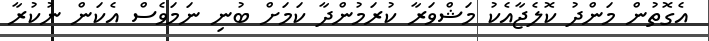
އެގޮތުން މަންދު ކޮލެޖާއެކު މަޝްވަރާ ކުރަމުންދާ ކަމަށް ބުނި ނަމަވެސް އެކަން ނުކުރާ